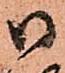
御